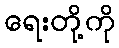
ရေးတို့ကို